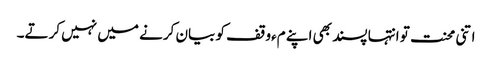
اتنی محنت تو انتہا پسند بھی اپنے مءوقف کو بیان کرنے میں نہیں کرتے۔